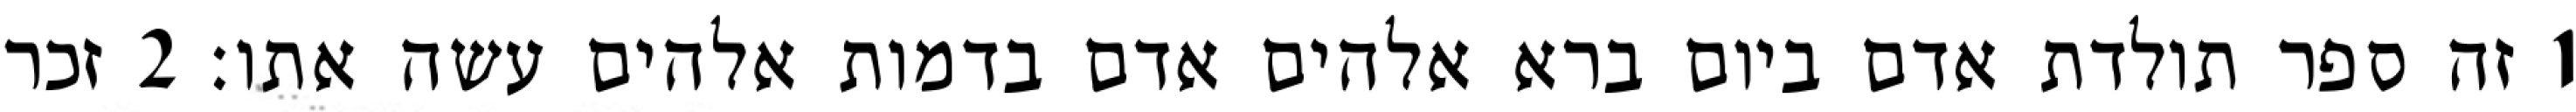
1 זה ספר תולדת אדם ביום ברא אלהים אדם בדמות אלהים עשה אתו׃ ‎2‏ זכר